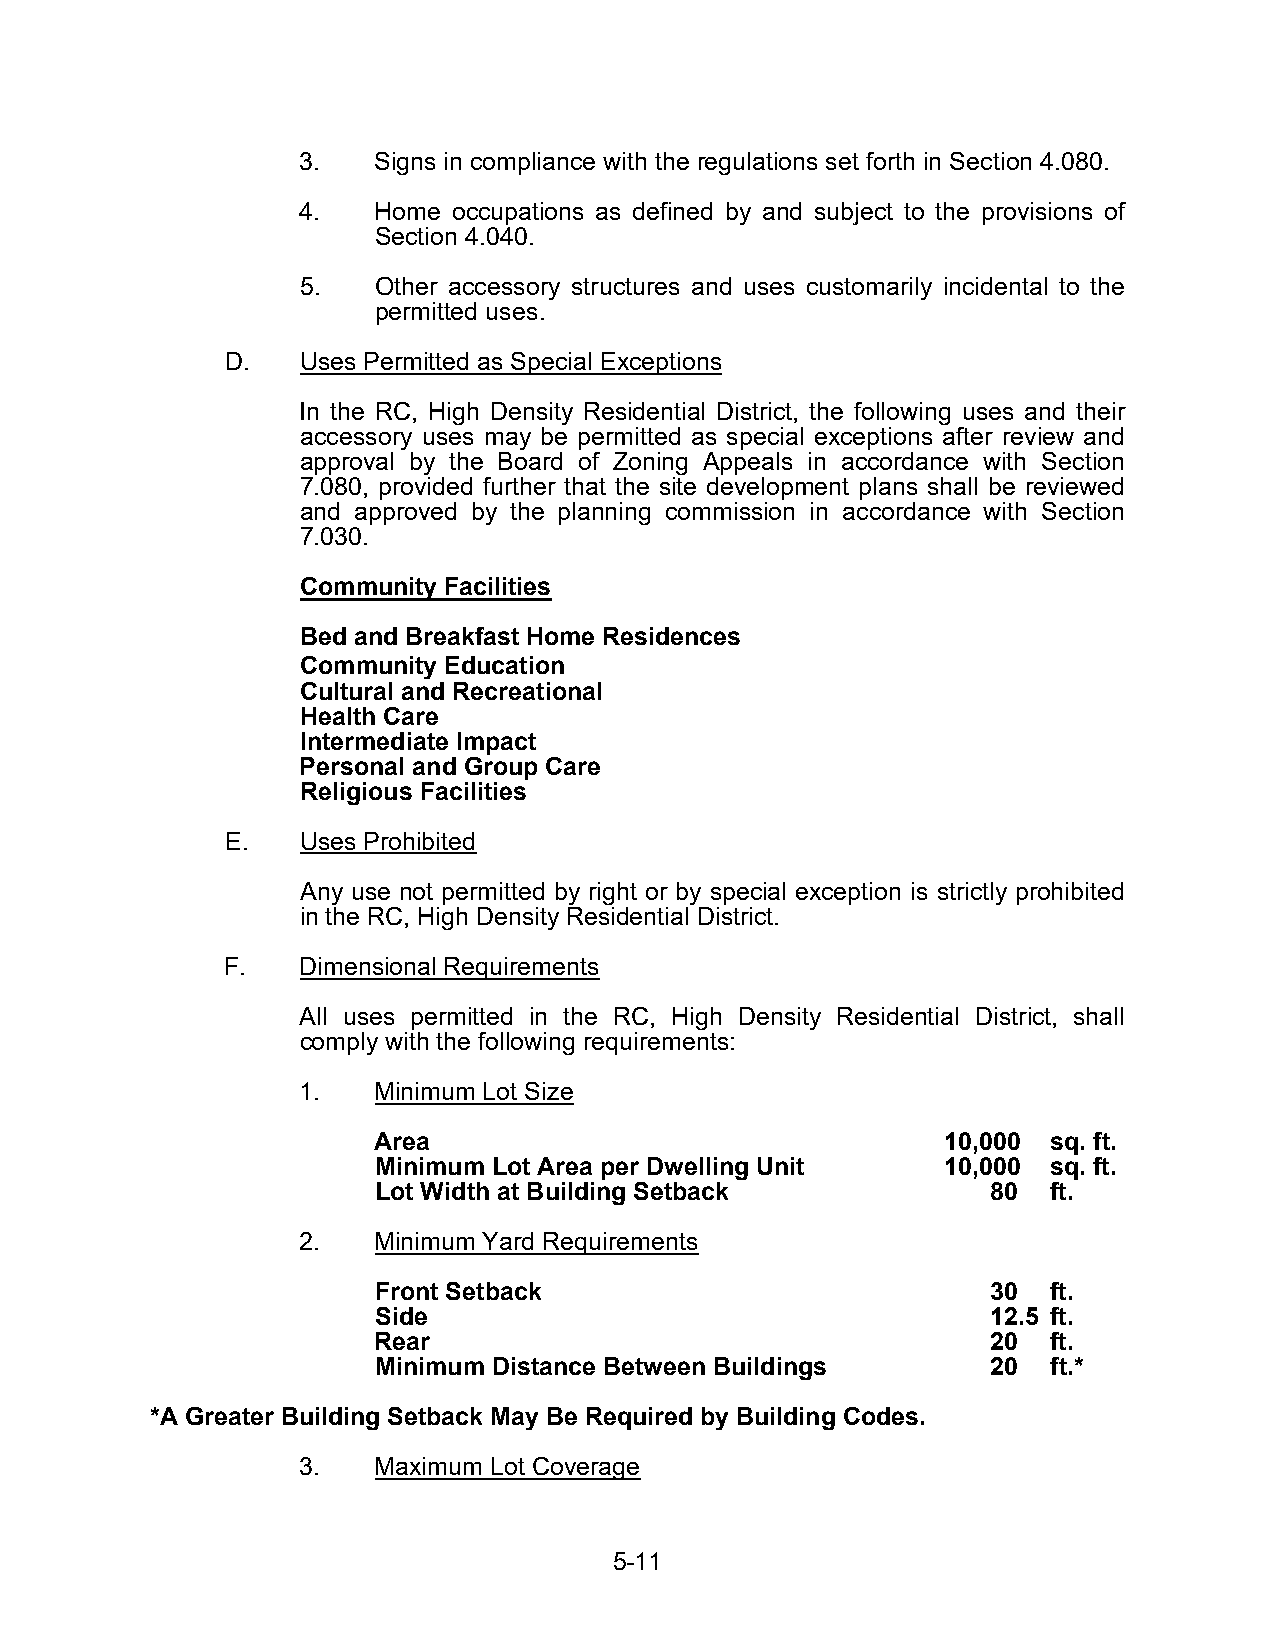
3.   Signs in compliance with the regulations set forth in Section 4.080.
 4.   Home occupations as defined by and subject to the provisions of
 Section 4.040.
 5.   Other accessory structures and uses customarily incidental to the
 permitted uses.
 D.   Uses Permitted as Special Exceptions
 In the RC, High Density Residential District, the following uses and their
 accessory uses may be permitted as special exceptions after review and
 approval by the Board of Zoning Appeals in accordance with Section
 7.080, provided further that the site development plans shall be reviewed
 and approved by the planning commission in accordance with Section
 7.030.
 Community Facilities
 Bed and Breakfast Home Residences
 Community Education
 Cultural and Recreational
 Health Care
 Intermediate Impact
 Personal and Group Care
 Religious Facilities
 E.   Uses Prohibited
 Any use not permitted by right or by special exception is strictly prohibited
 in the RC, High Density Residential District.
 F.   Dimensional Requirements
 All uses permitted in the RC, High Density Residential District, shall
 comply with the following requirements:
 1.   Minimum Lot Size
 Area                                  10,000 sq. ft.
 Minimum Lot Area per Dwelling Unit    10,000 sq. ft.
 Lot Width at Building Setback            80  ft.
 2.   Minimum Yard Requirements
 Front Setback                            30  ft.
 Side                                     12.5 ft.
 Rear                                     20  ft.
 Minimum Distance Between Buildings       20  ft.*
 *A Greater Building Setback May Be Required by Building Codes.
 3.   Maximum Lot Coverage
 5-11